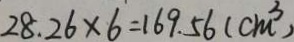
2 8 . 2 6 \times 6 = 1 6 9 . 5 6 ( c m ^ { 3 } )